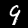
Digit: 9